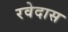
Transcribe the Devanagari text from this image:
रवेदास